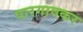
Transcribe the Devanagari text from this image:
पारगावकर